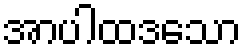
အာပါထဒသော